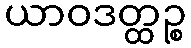
ယာဝဒတ္ထဉ္စ